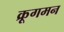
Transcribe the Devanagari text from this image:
क्रूगमन